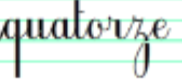
quatorze